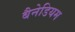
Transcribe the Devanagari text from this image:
बैनेडियम